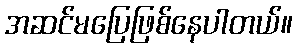
အဆင်မပြေဖြစ်နေပါတယ်။